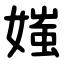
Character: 媸